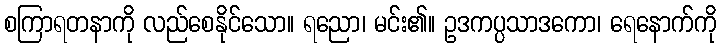
စကြာရတနာကို လည်စေနိုင်သော။ ရညော၊ မင်း၏။ ဥဒကပ္ပသာဒကော၊ ရေနောက်ကို